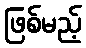
ဖြစ်မည့်